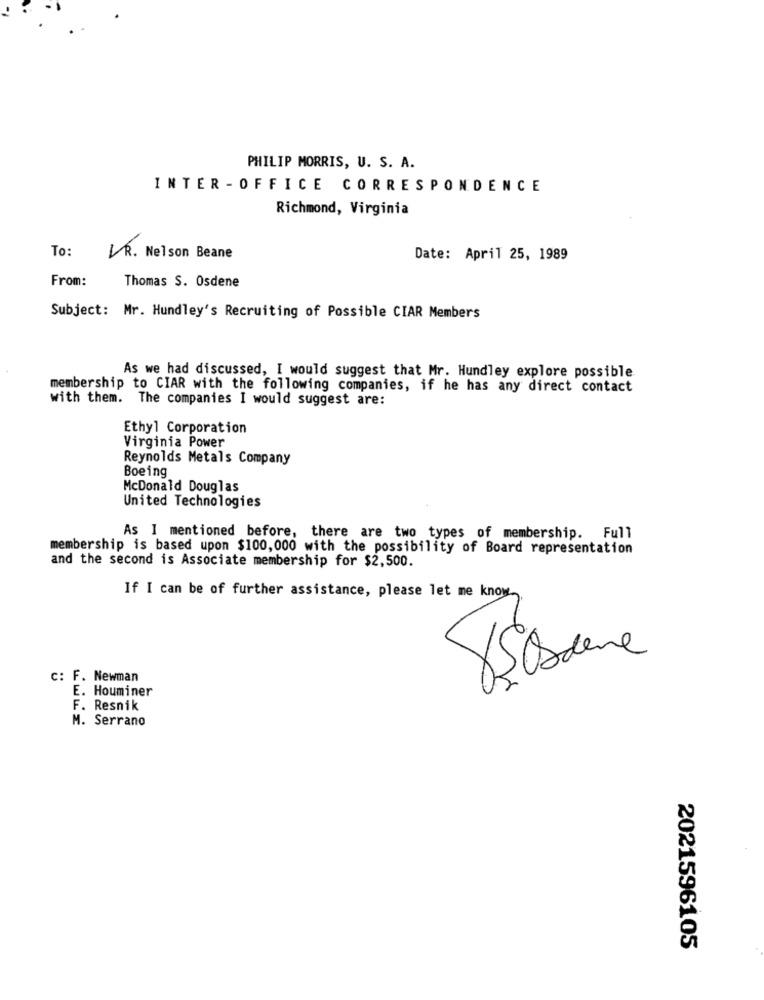
PHILIP MORRIS, U. S. A.
INTER - OFFICE CORRESPONDENCE
Richmond, Virginia
To:
VR. Nelson Beane
Date: April 25, 1989
From:
Thomas S. Osdene
Subject: Mr. Hundley's Recruiting of Possible CIAR Members
As we had discussed, I would suggest that Mr. Hundley explore possible
membership to CIAR with the following companies, if he has any direct contact
with them. The companies I would suggest are:
Ethyl Corporation
Virginia Power
Reynolds Metals Company
Boeing
McDonald Douglas
United Technologies
As I mentioned before, there are two types of membership. Full
membership is based upon $100,000 with the possibility of Board representation
and the second is Associate membership for $2,500.
If I can be of further assistance, please let me know.
85 same
c: F. Newman
E. Houminer
F. Resnik
M. Serrano
2021596105